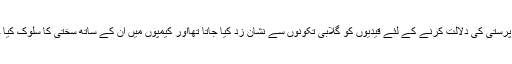
ہم جنس پرستی کی دلالت کرنے کے لئے قیدیوں کو گلابی تکونوں سے نشان زد کیا جاتا تھااور کیمپوں میں ان کے ساتھ سختی کا سلوک کیا جاتا تھا۔